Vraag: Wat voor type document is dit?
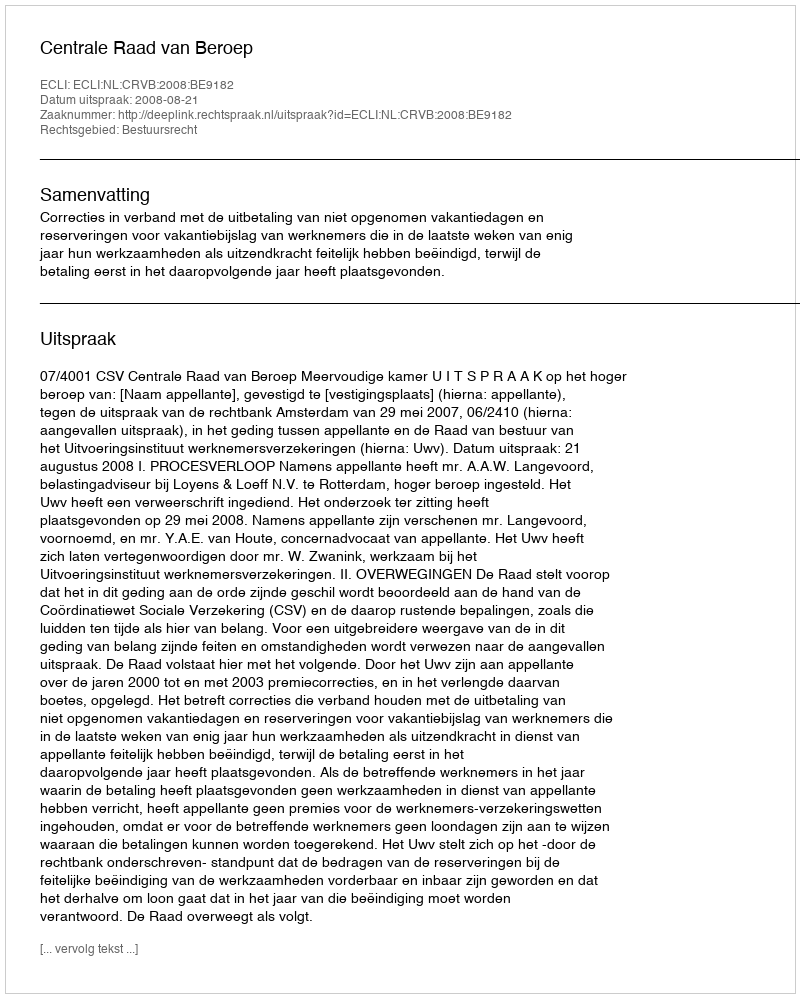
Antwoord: Uitspraak